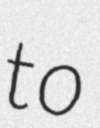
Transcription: to